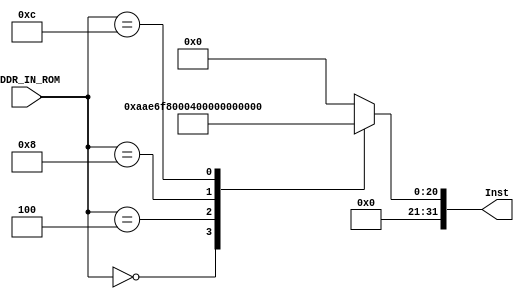
module IMEM(
    ADDR_IN_ROM,
    Inst
);

input [31:0] ADDR_IN_ROM;
output reg [31:0] Inst;

always @* begin
case(ADDR_IN_ROM) 
32'h0:  Inst <= 32'd1400031;
32'h4:  Inst <= 32'h10;
32'h8:  Inst <= 32'h11;
32'hC: Inst <= 32'h100;
default:Inst <= 32'h0;
endcase
end

endmodule